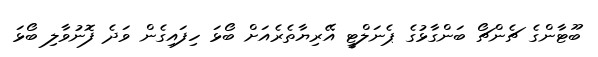
ބޫޓާންގެ ޗެންޗޯ ބަންގާޅުގެ ޕެނަލްޓީ އޭރިޔާތެރެއަށް ބޯޅަ ހިފައިގެން ވަދެ ފޮނުވާލި ބޯޅަ